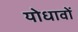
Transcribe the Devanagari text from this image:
योधावों